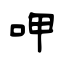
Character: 呷